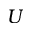
U